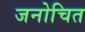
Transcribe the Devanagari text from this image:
जनोचित